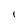
Character: I